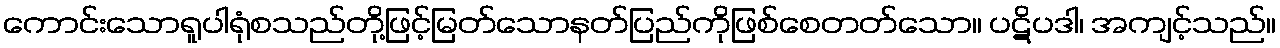
ကောင်းသောရူပါရုံစသည်တို့ဖြင့်မြတ်သောနတ်ပြည်ကိုဖြစ်စေတတ်သော။ ပဋိပဒါ၊ အကျင့်သည်။